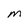
Character: m